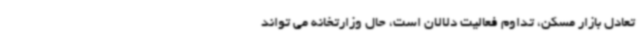
تعادل بازار مسکن، تداوم فعالیت دلالان است، حال وزارتخانه می تواند